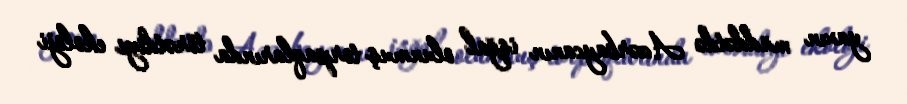
yaxın müddətdə Azərbaycanın işğal olunmuş torpaqlarında törətdiyi ekoloji